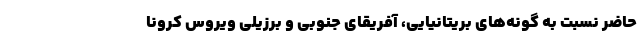
حاضر نسبت به گونه‌های بریتانیایی، آفریقای جنوبی و برزیلی ویروس کرونا